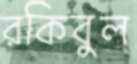
রকিবুল